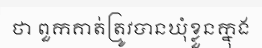
ថា ពួកគាត់ត្រូវបានឃុំខ្លួនក្នុង